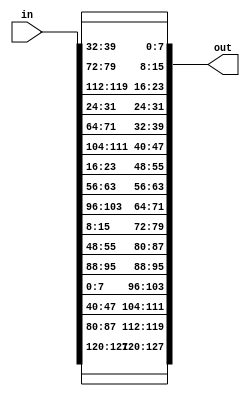
`timescale 1ns / 1ps
//////////////////////////////////////////////////////////////////////////////////
// Company: 
// Engineer: 
// 
// Design Name: 
// Module Name: shiftrows
// Project Name: 
// Target Devices: 
// Tool Versions: 
// Description: 
// 
// Dependencies: 
// 
// Revision:
// Revision 0.01 - File Created
// Additional Comments:
// 
//////////////////////////////////////////////////////////////////////////////////


module shiftrows(in, out);
    input [127: 0] in;
    output [127: 0] out;
//rotating first row by 0 byte   
    assign out[127: 120] = in[127: 120];
    assign out[95: 88]  =  in[95: 88];
    assign out[63: 56] = in[63: 56];
    assign out[31: 24] = in[31: 24];
//rotating second row by 1 byte  
    assign out[119: 112] = in[87: 80];
    assign out[87: 80] = in[55: 48];
    assign out[55: 48] = in[23: 16];
    assign out[23: 16] = in[119: 112];
//rotating third row by 2 byte    
    assign out[111: 104] = in[47: 40];
    assign out[79: 72]   = in[15: 8];
    assign out[47: 40]  = in[111: 104];
    assign out[15: 8]  =  in[79: 72];
//rotating third fourth by 3 byte      
    assign out[103: 96] = in[7: 0];
    assign out[71: 64] = in[103: 96];
    assign out[39: 32] = in[71: 64];
    assign out[7: 0] = in[39: 32];
    
endmodule